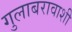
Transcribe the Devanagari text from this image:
गुलाबरावाशी